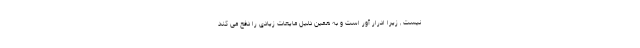
نیست , زیرا ادرار آور است و به همین دلیل مایعات زیادی را دفع می کند